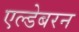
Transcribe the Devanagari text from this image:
एल्डेबरन